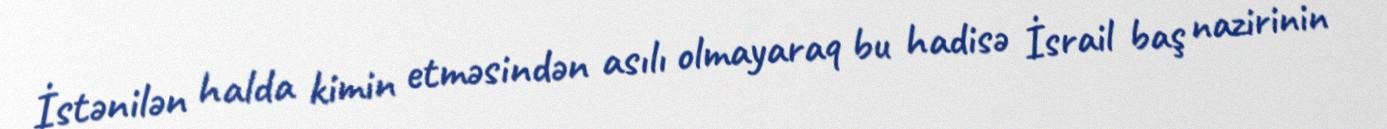
İstənilən halda kimin etməsindən asılı olmayaraq bu hadisə İsrail baş nazirinin